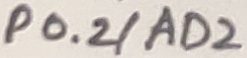
Text: P0.2/AD2